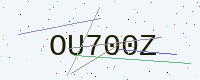
Text: OU700Z